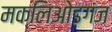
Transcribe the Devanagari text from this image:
मक्लिओडगंज